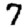
Digit: 7